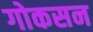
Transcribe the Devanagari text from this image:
गोकसन